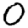
Digit: 0